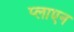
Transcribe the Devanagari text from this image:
प्लाएन